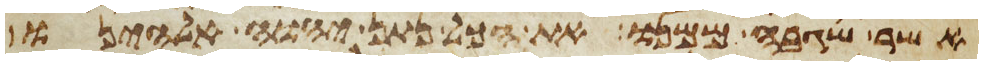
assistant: אשר שגבה ממנו את הכל נתן יהוה אלהינו